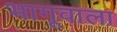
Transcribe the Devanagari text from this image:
भागूवाला